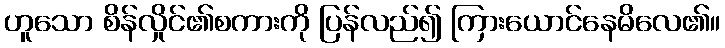
ဟူသော စိန်လှိုင်၏စကားကို ပြန်လည်၍ ကြားယောင်နေမိလေ၏။